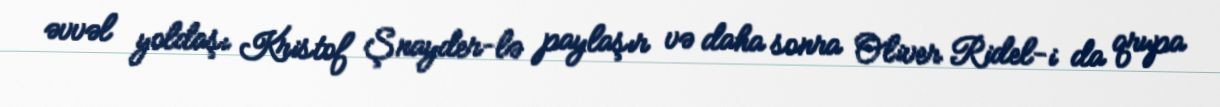
əvvəl yoldaşı Kristof Şnayder-lə paylaşır və daha sonra Oliver Ridel-i da qrupa